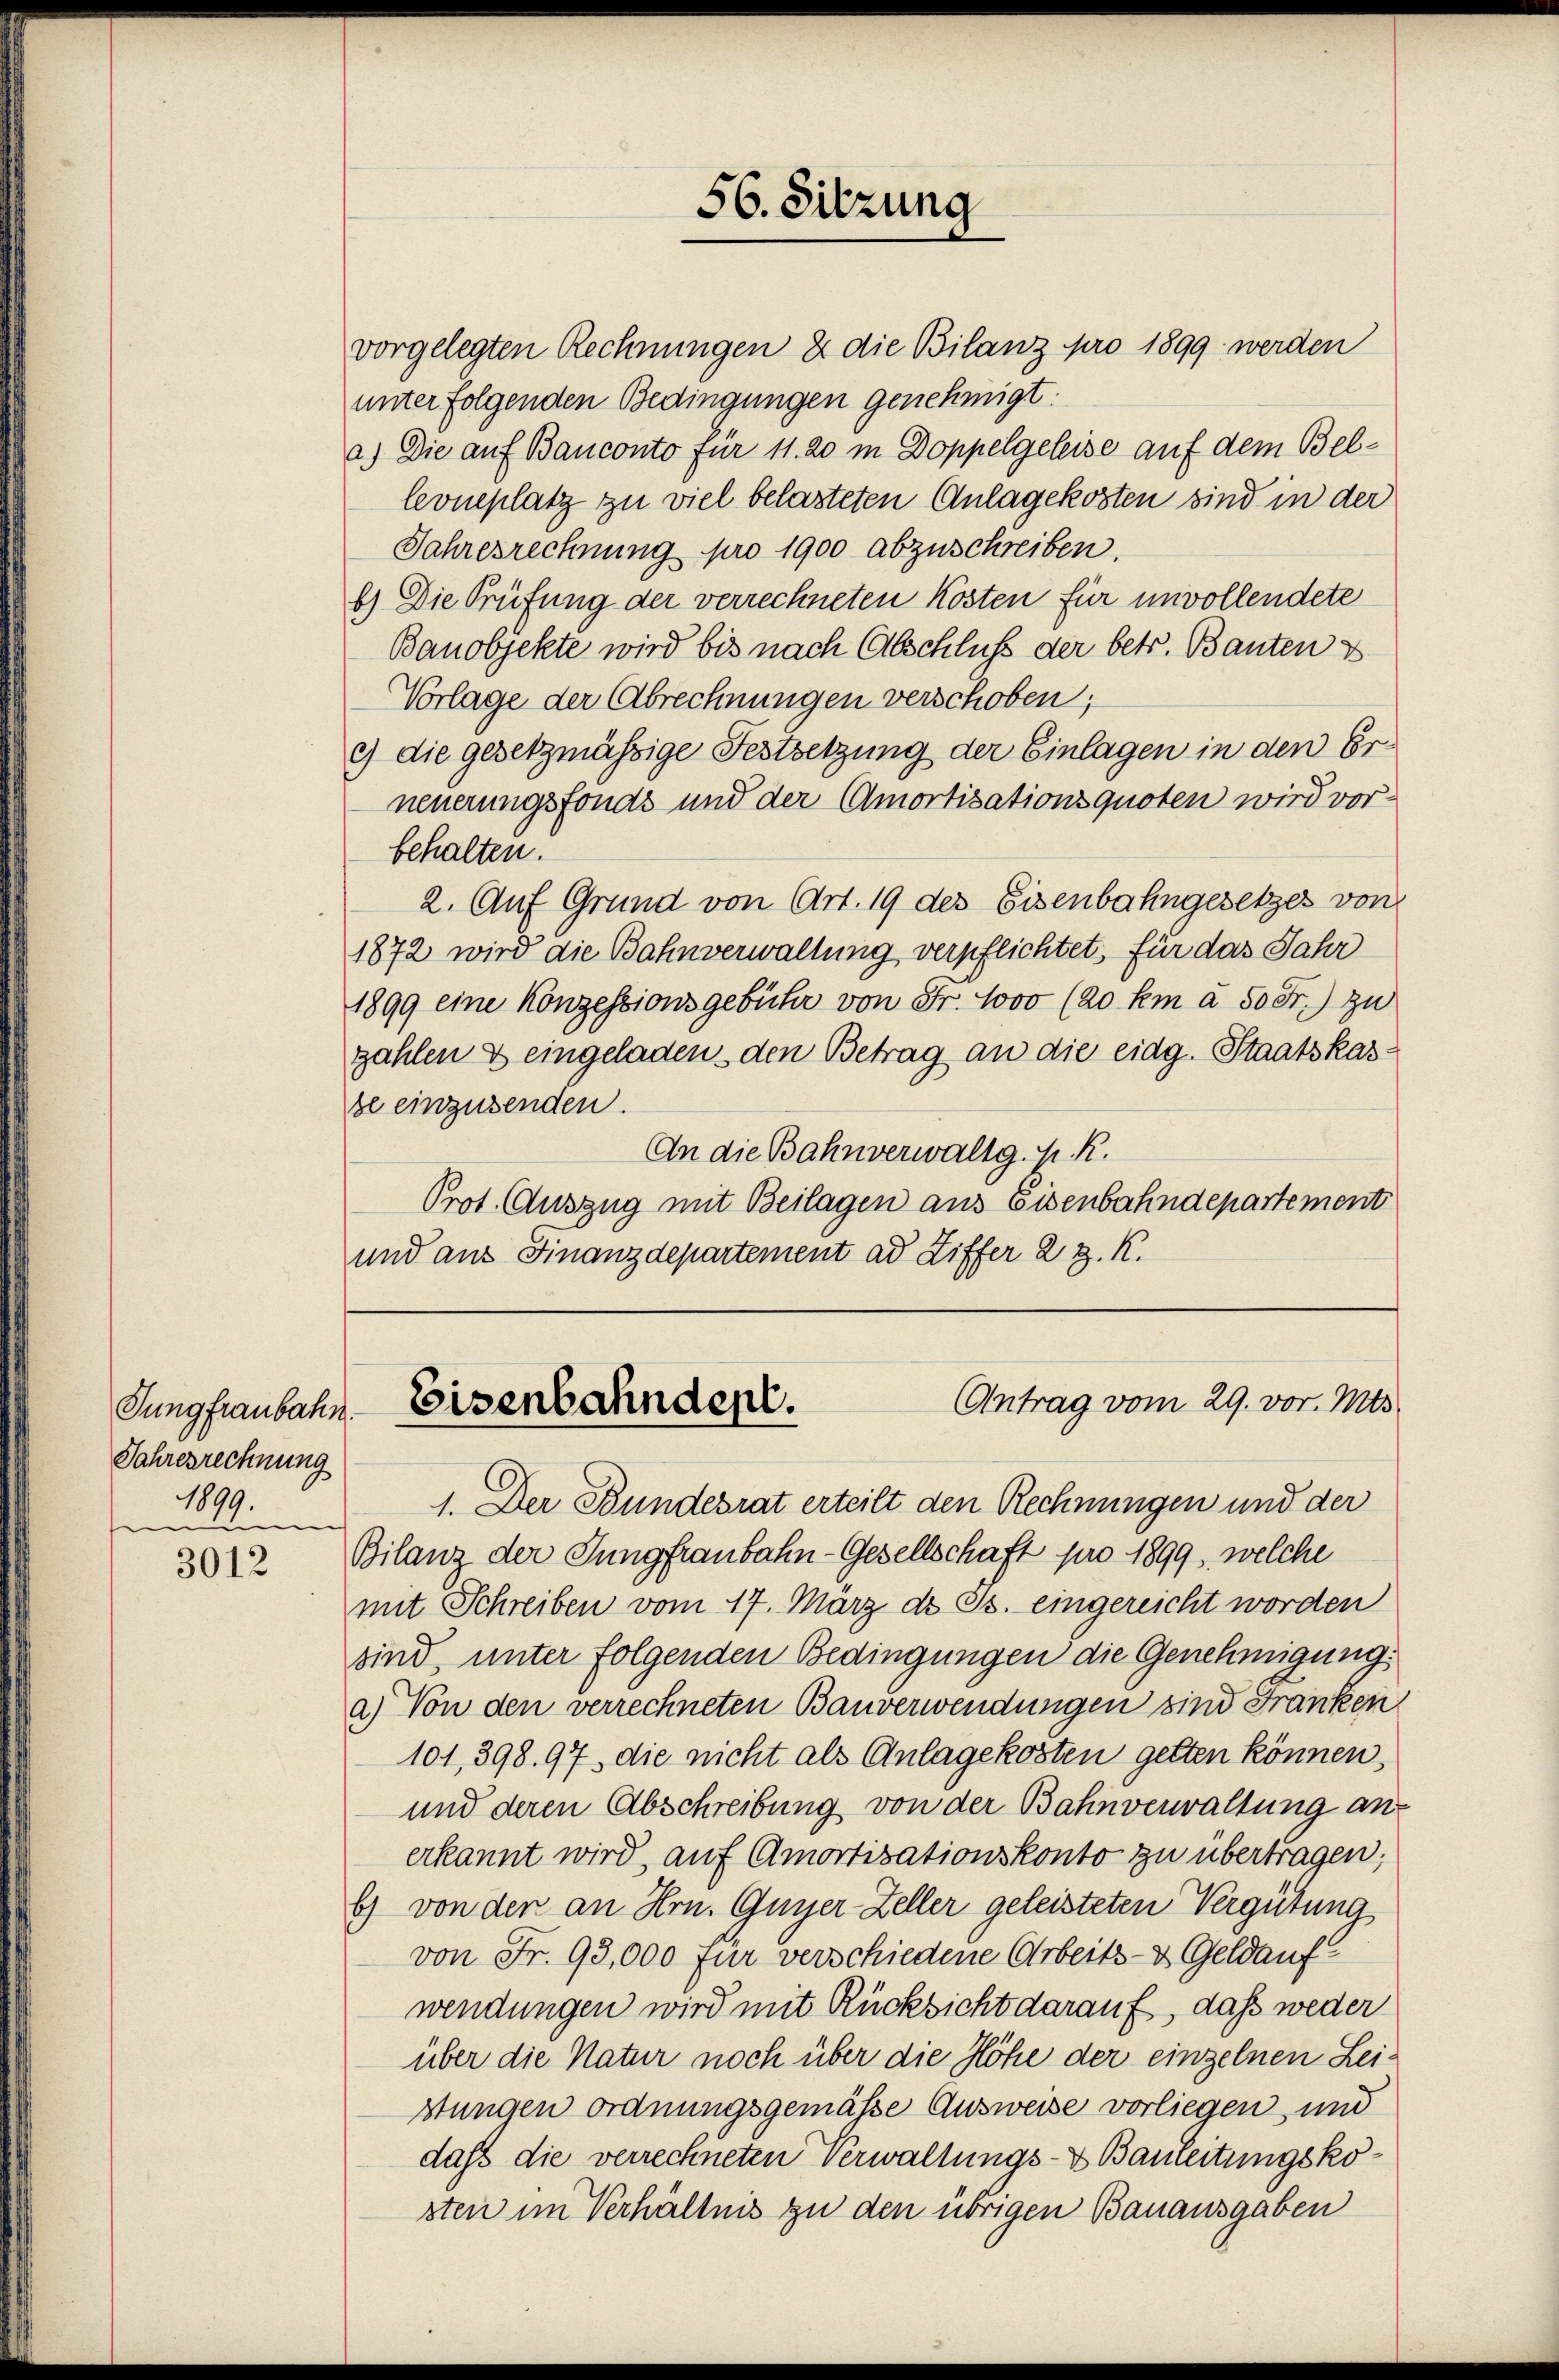
Jungfraubahn.
Jahresrechnung
1899.
.

3012

vorgelegten Rechnungen & die Bilanz pro 1899 werden
unter folgenden Bedingungen genehmigt:
a.) Die auf Banconto für 11. 20 in Doppelgeleise auf dem Bellevneplatz zu viel belasteten Anlagekosten sind in der
Jahresrechnung pro 1900 abzuschreiben.
b.) Die Prüfung der verrechneten Kosten für unvollendete
Banobjekte wird bis nach Abschluß der betr. Bauten es
Vorlage der Abrechnungen verschoben;
c) die gesetzmässige Festsetzung der Einlagen in den Erneuerungsfonds und der Amortisationsquoten wird vor-
behalten.
2. Auf Grund von Art. 19 des Eisenbahngesetzes von
1872 wird die Bahnverwaltung verpflichtet, für das Jahr
1899 eine Konzessionsgebühr von Fr. 1000 (20 km a 50 Fr.) zu
zahlen & eingeladen, den Betrag an die eidg. Staatskasbe einzusenden.
An die Bahnverwaltg. P. R.
Prot. Auszug mit Beilagen aus Eisenbahndepartement
und aus Finanzdepartement ad Ziffer 2 J. K.

1. Der Bundesrat erteilt den Rechnungen und der
Bilanz der Jungfraubahn-Gesellschaft pro 1899, welche
mit Schreiben vom 17. März d. Js. eingereicht worden
sind, unter folgenden Bedingungen die Genehmigung:
a) Von den verrechneten Bauverwendungen sind Franken
101, 398. 97, die nicht als Anlagekosten gelten können,
und deren Abschreibung von der Bahnverwaltung an
erkannt wird, auf Amortisationskonto zu übertragen;
b) von den an Hrn. Guyer-Zeller geleisteten Vergütung
von Fr. 93,000 für verschiedene Arbeits- & Geldauf
wendungen wird mit Rücksicht darauf, dass weder
über die Natur noch über die Höhe der einzelnen Leistungen ordnungsgemässe Ausweise vorliegen, und
daß die verrechneten Verwaltungs- & Bauleitungskosten im Verhältnis zu den übrigen Bauausgaben

56. Sitzung

Antrag vom 29. vor. Mts.
Eisenbahndept.